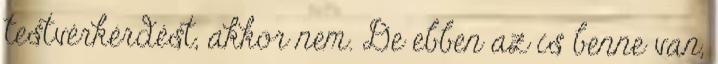
testvérkérdést, akkor nem. De ebben az is benne van,